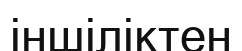
іншіліктен